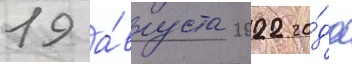
19 а́вгуста 2022 го́да